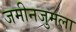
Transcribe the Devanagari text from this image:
जमीनजुमला